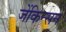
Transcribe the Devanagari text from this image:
जेंकिन्सन